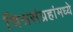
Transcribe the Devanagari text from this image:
चित्रसंग्रहांमध्ये